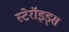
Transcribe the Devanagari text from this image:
स्टेरॉइड्स